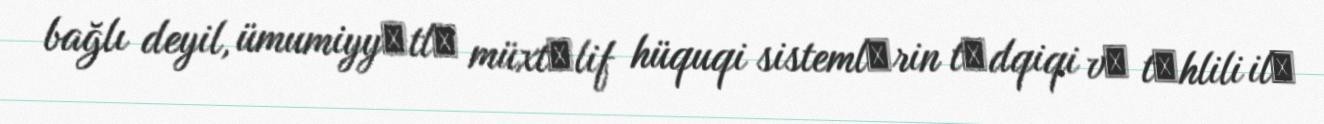
bağlı deyil, ümumiyyәtlә müxtәlif hüquqi sistemlәrin tәdqiqi vә tәhlili ilә